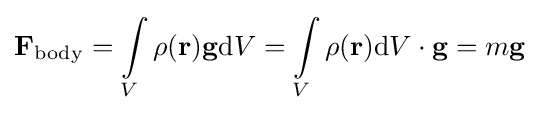
\mathbf {F} _{\mathrm {body} }=\int \limits _{V}\rho (\mathbf {r} )\mathbf {g} \mathrm {d} V=\int \limits _{V}\rho (\mathbf {r} )\mathrm {d} V\cdot \mathbf {g} =m\mathbf {g}